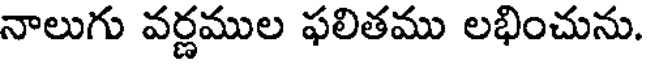
నాలుగు వర్ణముల ఫలితము లభించును.